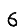
Digit: 6